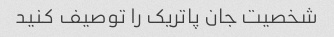
شخصیت جان پاتریک را توصیف کنید